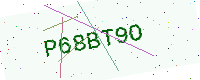
Text: P68BT9O